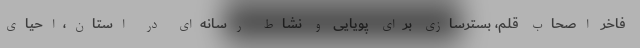
فاخر اصحاب قلم، بسترسازی برای پویایی و نشاط رسانه‌ای در استان،احیای